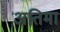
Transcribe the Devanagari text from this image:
अतिमा